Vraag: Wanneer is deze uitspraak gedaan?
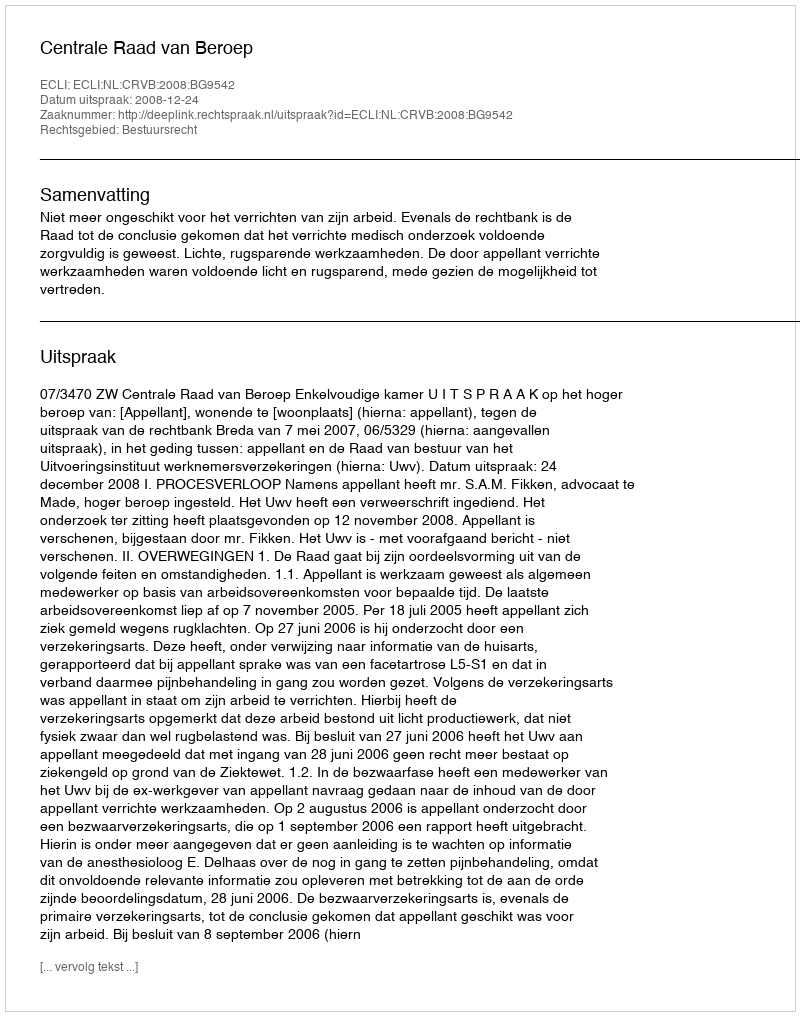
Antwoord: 2008-12-24